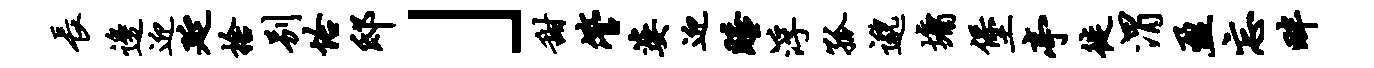
长边迎延舍别恰邸」甜管婆迎睡浮孤邈墉堡亭徙渭盈忘畔